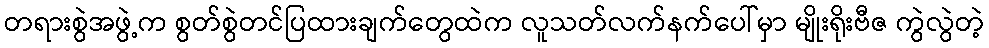
တရားစွဲအဖွဲ့က စွတ်စွဲတင်ပြထားချက်တွေထဲက လူသတ်လက်နက်ပေါ်မှာ မျိုးရိုးဗီဇ ကွဲလွဲတဲ့